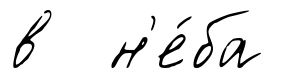
в н'е́ба